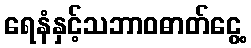
ရေနံနှင့်သဘာဝဓာတ်ငွေ့